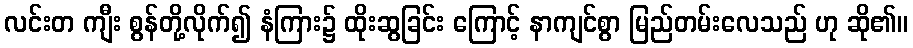
လင်းတ ကျီး စွန်တို့လိုက်၍ နံကြား၌ ထိုးဆွခြင်း ကြောင့် နာကျင်စွာ မြည်တမ်းလေသည် ဟု ဆို၏။